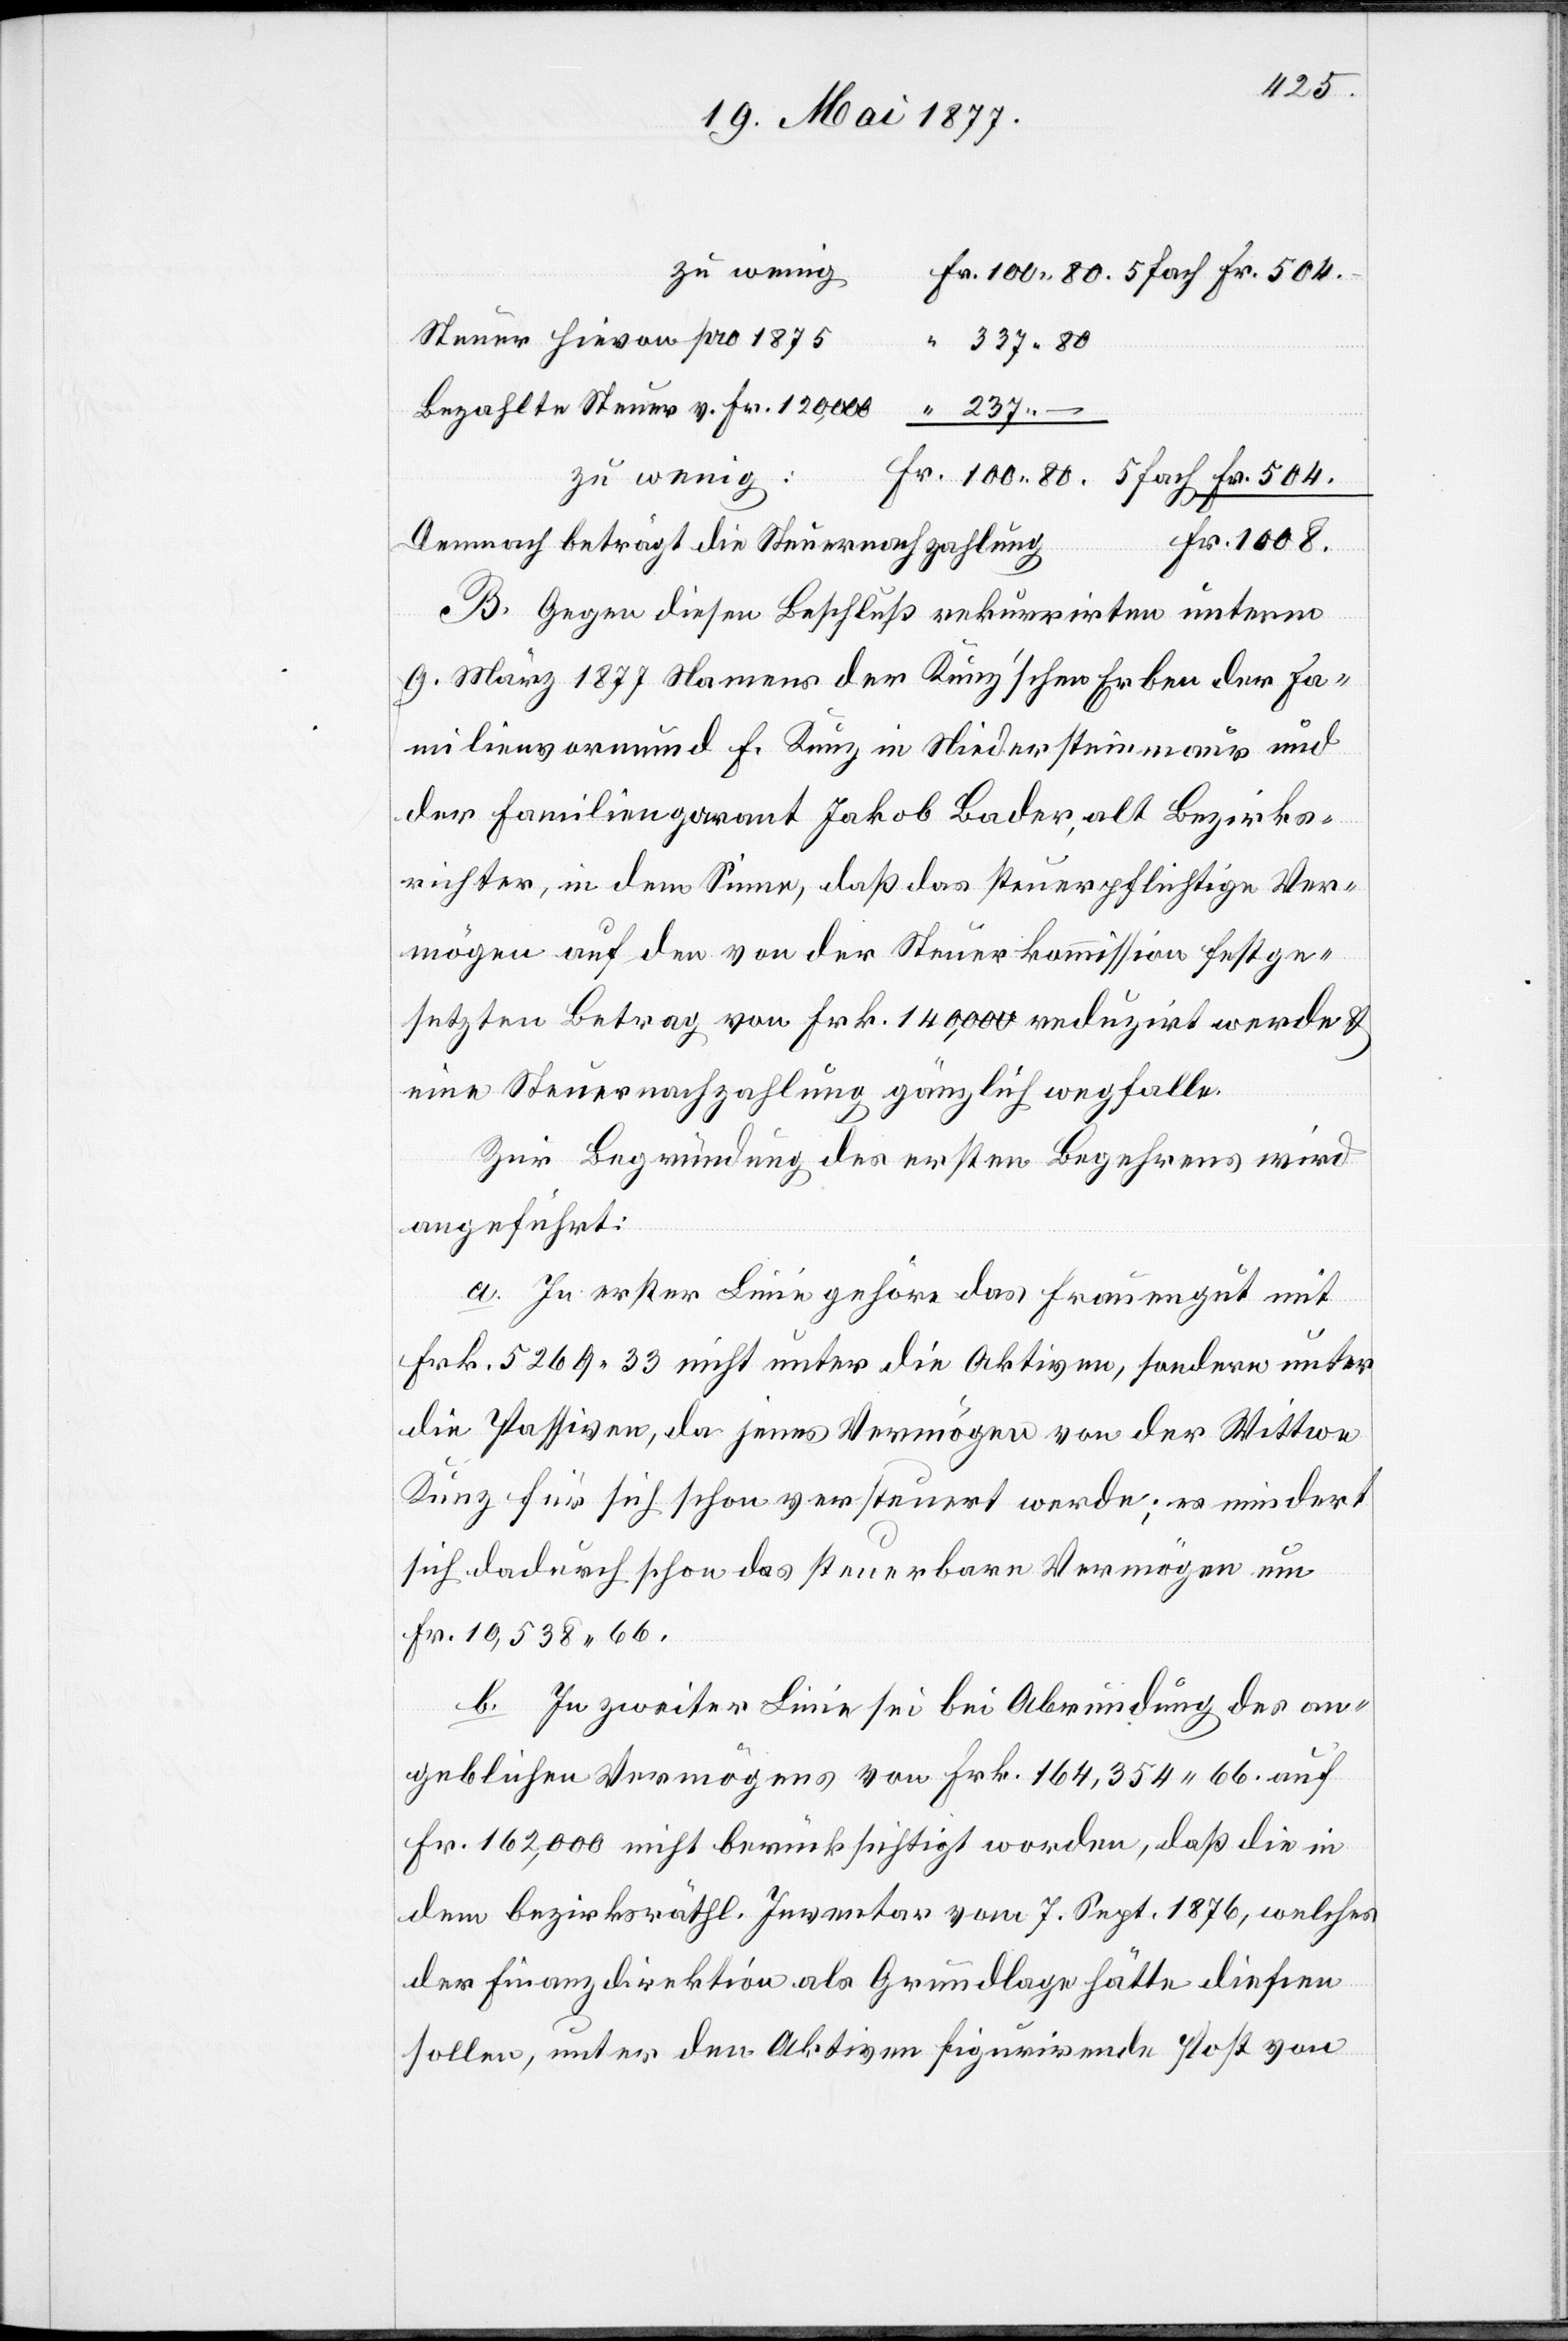
Steuer hievon pro 1875
Bezahlte Steuer v. Fr. 120,000
zu wenig:
B. Gegen diesen Beschluß rekurrirten unterm
9. März 1877 Namens der Kunz’schen Erben der Fa¬
milienvormund F. Kunz in Niedersteinmaur und
der Familiengarant Jakob Bader, alt Bezirks¬
richter, in dem Sinne, daß das steuerpflichtige Ver¬
mögen auf den von der Steuerkommission festge¬
setzten Betrag von Frk. 140,000 reduzirt werde &
eine Steuernachzahlung gänzlich wegfalle.
Zur Begründung des ersten Begehrens wird
angeführt:
a. In erster Linie gehöre das Frauengut mit
Frk. 5269 33 nicht unter die Aktiven, sondern unter
die Passiven, da jenes Vermögen von der Wittwe
Kunz für sich schon versteuert werde; es mindert
sich dadurch schon das steuerbare Vermögen um
Frk. 10,538 66.
b. In zweiter Linie sei bei Abrundung des an¬
geblichen Vermögens von Frk. 164,354 66 auf
Fr. 162,000 nicht berücksichtigt worden, daß die in
dem bezirksräthl. Inventar vom 7. Sept. 1876, welches
der Finanzdirektion als Grundlage hätte dienen
sollen, unter den Aktiven figurirende Post von